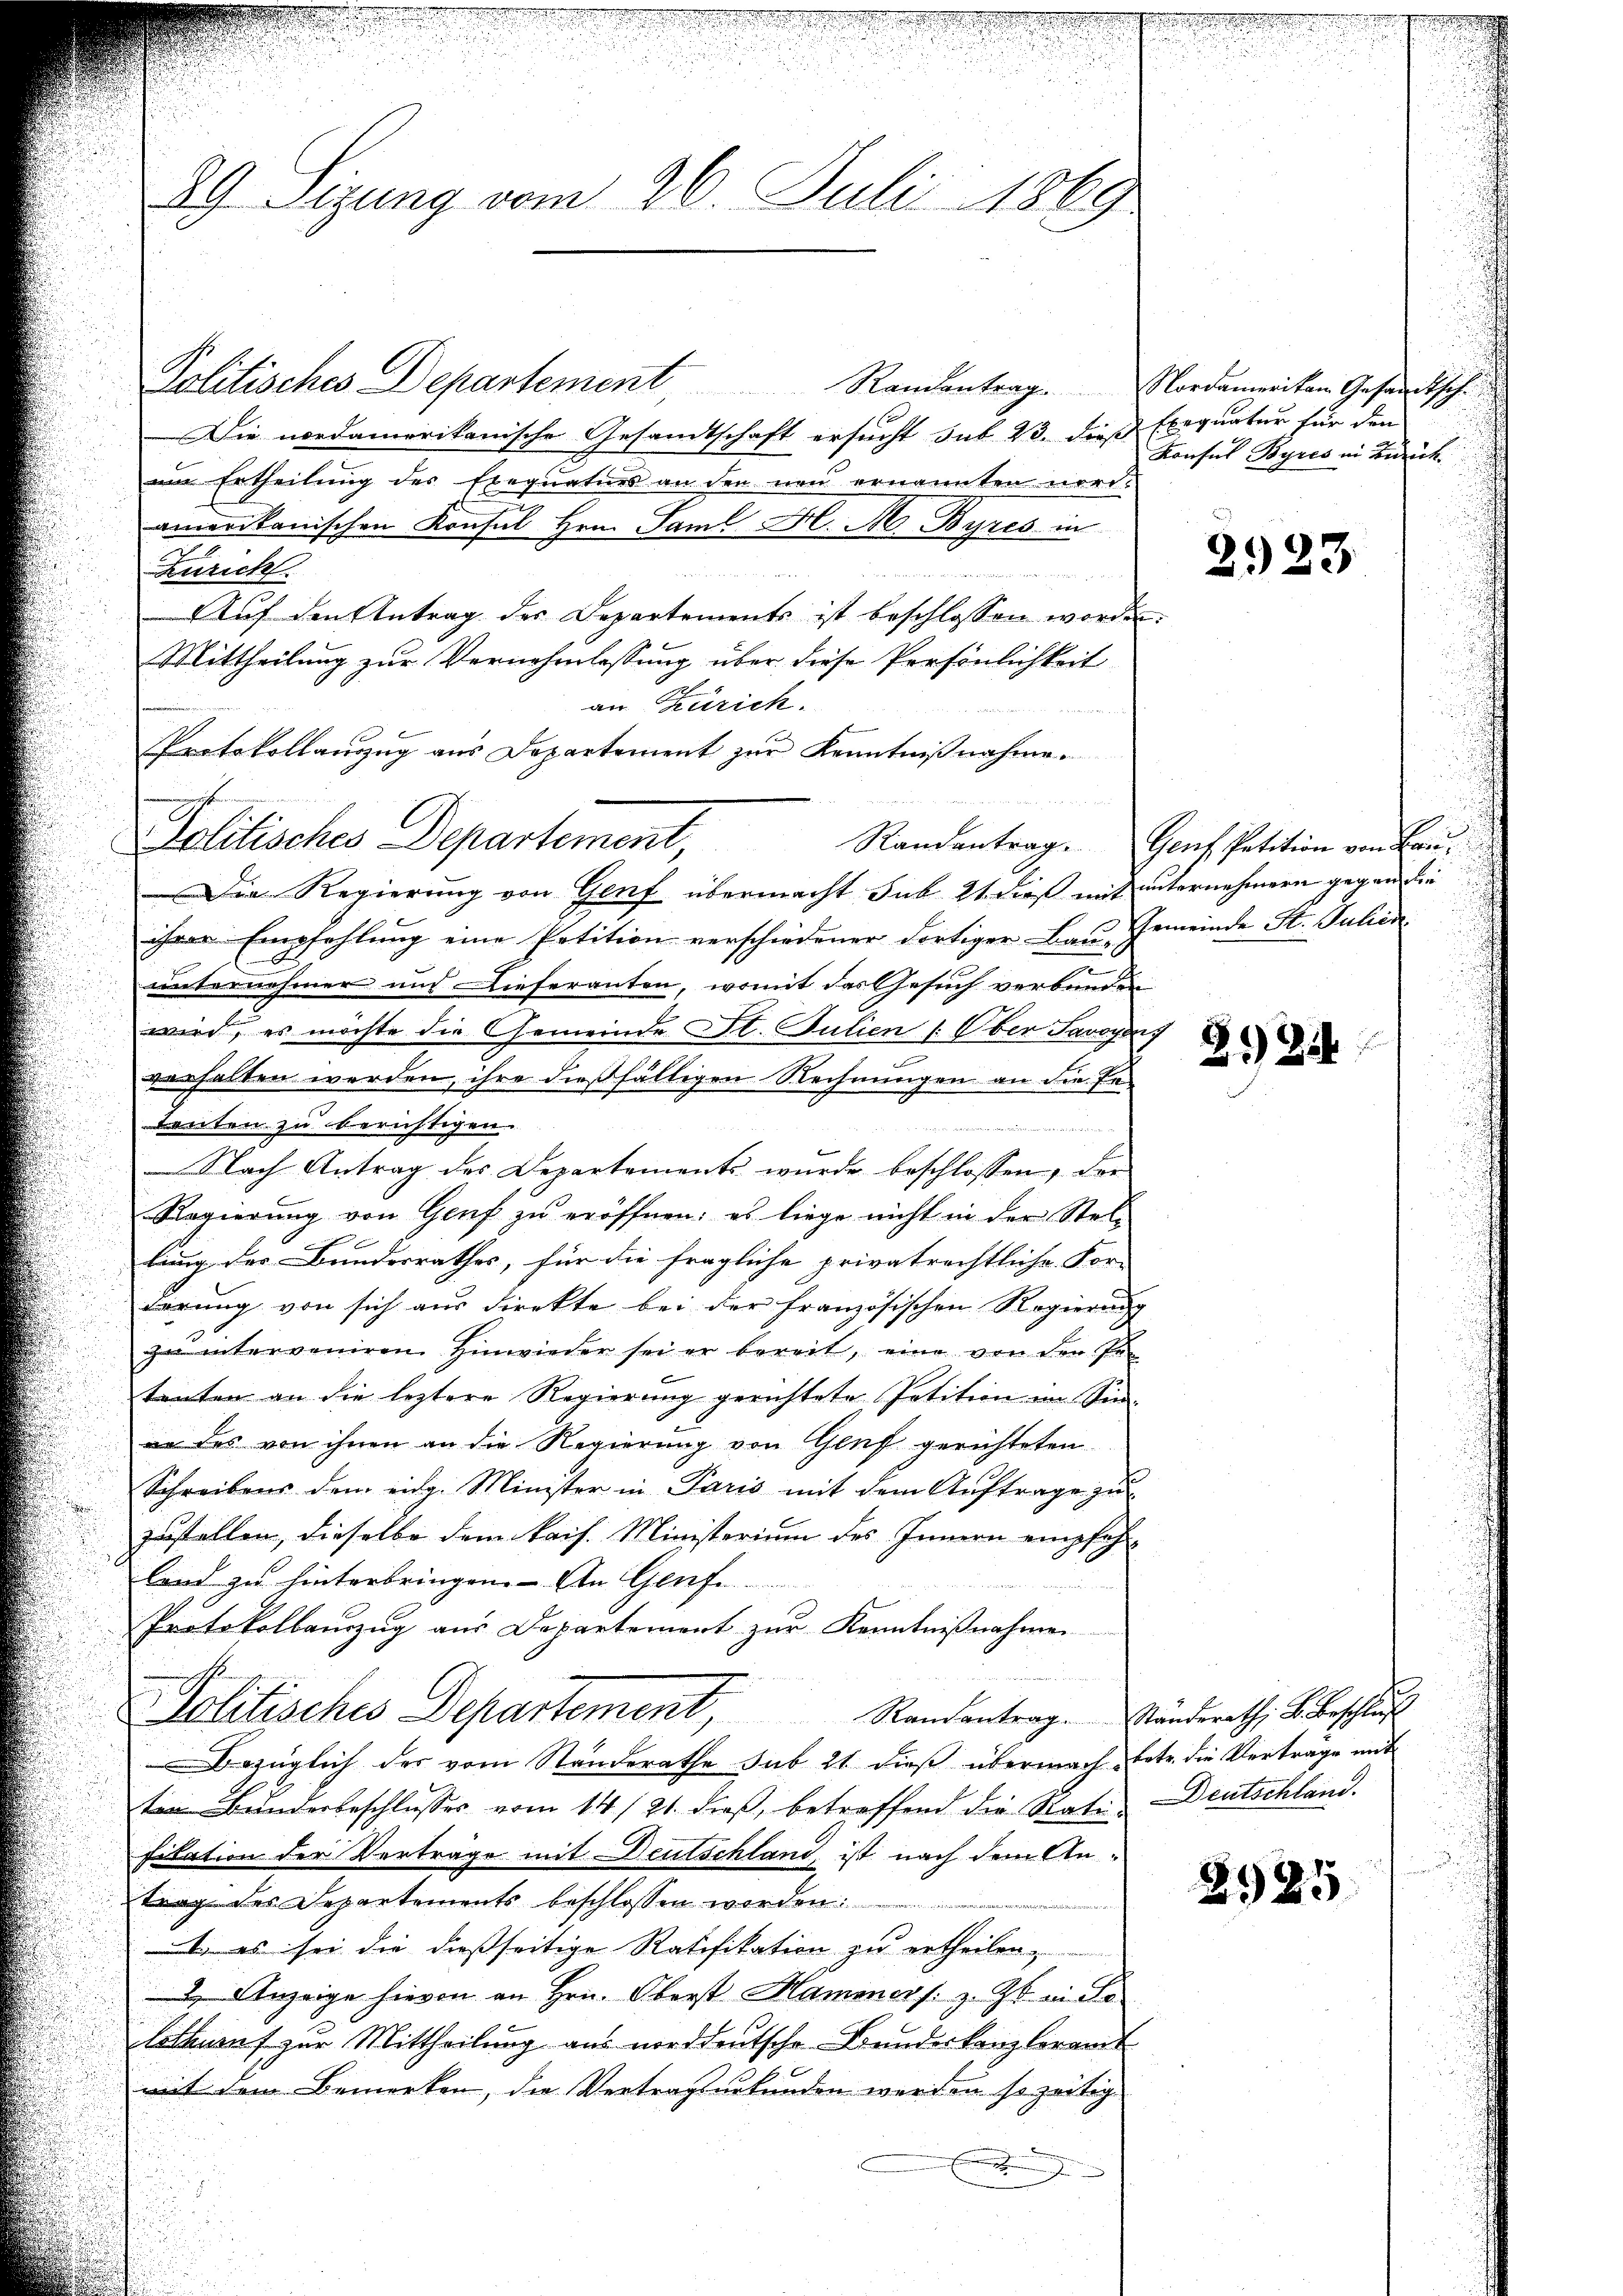
i

29. Sizung vom 26. Juli 1869

Politisches Departement, Randentrag. Genf Petition von Bau¬

Politisches Departement, Randantrag
Die nordamerikanische Gesandtschaft ersucht sub 23. dieß Exequatur für den
um Ertheilung des Exequaturs an den neu ernannten nord-
amerikanischen Konsul Hrn. Saml H. M. Byres in
Züricht

nestricht er haben nicht weitet hattet unterhalten und i
Auf den Antrag der Departements ist beschlossen worden.
Mittheilung zur Vernehmlassung über diese Persönlichkeit
am Zürich.
Protokollanzug aus Departement zur Kenntnißnahme.
Die Regierung von Genf übermacht sub 21 dieß mit unternehmern gegen die
ihrer Empfehlung eine Petition verschiedener dortiger Bau Gemeinde St. Juhen
unternehmer und Dieferanten, womit das Gesuch verbunden
wird, es möchte die Gemeinde St. Julien /: Ober Savoyers
verhalten werden, ihre dießfälligen Rechnungen an die Er¬
Leuten zu berichtigen.
Nach Antrag des Departements wurde beschlossen, der
Regierŭng von Genf zŭ eröffnen; es liege nicht in der Stel-
lung der Bundesrathes, für die fragliche privatrechtliche For-
derung von sich aus direkte bei der französischen Regierung
zu interveniren Hinwieder sei er bereit, eine von den Petenten an die leztere Regierung gerichtete Petition im Sinin des von ihnen an die Regierung von Genf gerichteten
Schreibens dem eidg. Minister in Paris mit dem Auftrage zu
zustellen, dieselbe dem kais. Ministerium des Innern empfoh-
land zu hinterbringen. An Genfe
Protokollanzŭg aŭs Departement zŭr Kenntniβnahmen
Politisches Departement, Randantrag. Ständerath u. Beschluß
Bezüglich der vom Standerathe sub 21 dieß übermach betr. die Verträge mit
ten Bunderbeschlusses vom 14./21. dieß, betreffend die Rati Deutschland.
fitation der Verträge mit Deutschland, ist nach dem An-
trag des Departements beschlossen worden:
1. es sei die dießseitige Ratifikation zu ertheilen.
2, Anzeige hievon an Hrn. Oberst Hammer s. z. Zt. vide
lotenauf zur Mittheilung aus norddeutsche Bundeskanzlorandt
mit dem Bemerken, die Vertragsurkunden werden so zeitig

Nordamerikan Gesandtsch
Konsul Byres in Zürich
.

.

2923

2. 21

2125